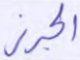
الجرز